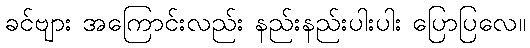
ခင်ဗျား အကြောင်းလည်း နည်းနည်းပါးပါး ပြောပြလေ။